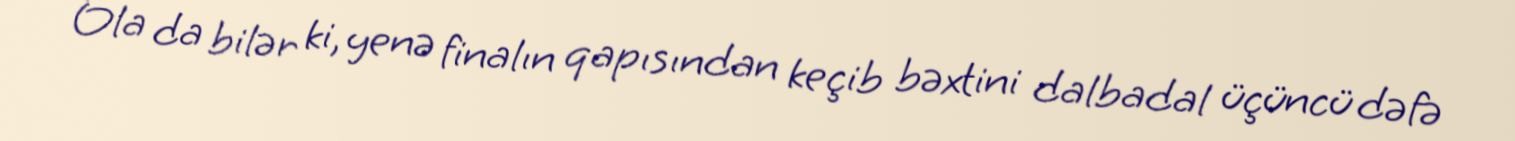
Ola da bilər ki, yenə finalın qapısından keçib bəxtini dalbadal üçüncü dəfə